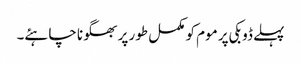
پہلے ڈوبکی پر موم کو مکمل طور پر بھگونا چاہئے۔